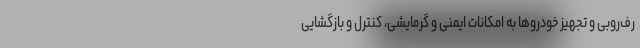
رف‌روبی و تجهیز خودروها به امکانات ایمنی و گرمایشی، کنترل و بازگشایی